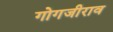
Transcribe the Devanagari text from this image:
गोगजीराव